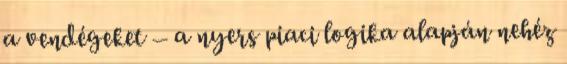
a vendégeket – a nyers piaci logika alapján nehéz